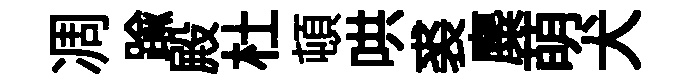
凋踰殿杜頓哄裘麋萌犬